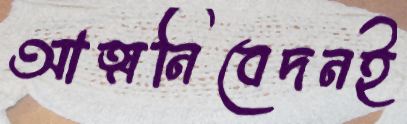
আত্মনিবেদনই